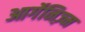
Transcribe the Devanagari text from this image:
आर्गेनिज़्म